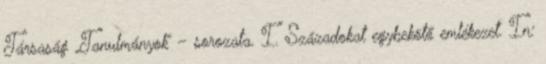
Társaság „Tanulmányok” – sorozata. I. Századokat egybekötő emlékezet. In: